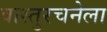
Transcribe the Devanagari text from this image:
वास्तुरचनेला